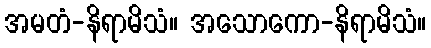
အမတံ-နိရာမိသံ။ အသောကော-နိရာမိသံ။